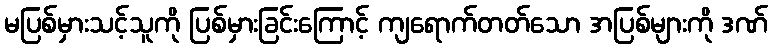
မပြစ်မှားသင့်သူကို ပြစ်မှားခြင်းကြောင့် ကျရောက်တတ်သော အပြစ်များကို ဒဏ်